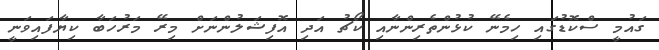
ގައުމީ ސްކޮޑުގައި ހިމެނޭ ކުޅުންތެރިންނާއި ކޯޗު އަދި އޮފިޝަލުންނަށް މިރޭ މަރުހަބާ ކިޔާފައިވަނީ